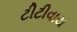
ટીટીવાય